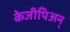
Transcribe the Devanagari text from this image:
केजीपिअन्